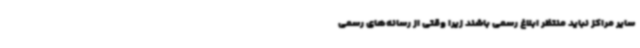
سایر مراکز نباید منتظر ابلاغ رسمی باشند زیرا وقتی از رسانه‌های رسمی